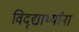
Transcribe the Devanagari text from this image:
विद्द्यार्थ्यांना